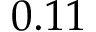
0 . 1 1